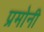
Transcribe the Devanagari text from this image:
प्रमोनी